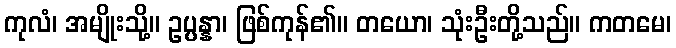
ကုလံ၊ အမျိုးသို့။ ဥပ္ပန္နာ၊ ဖြစ်ကုန်၏။ တယော၊ သုံးဦးတို့သည်။ ကတမေ၊